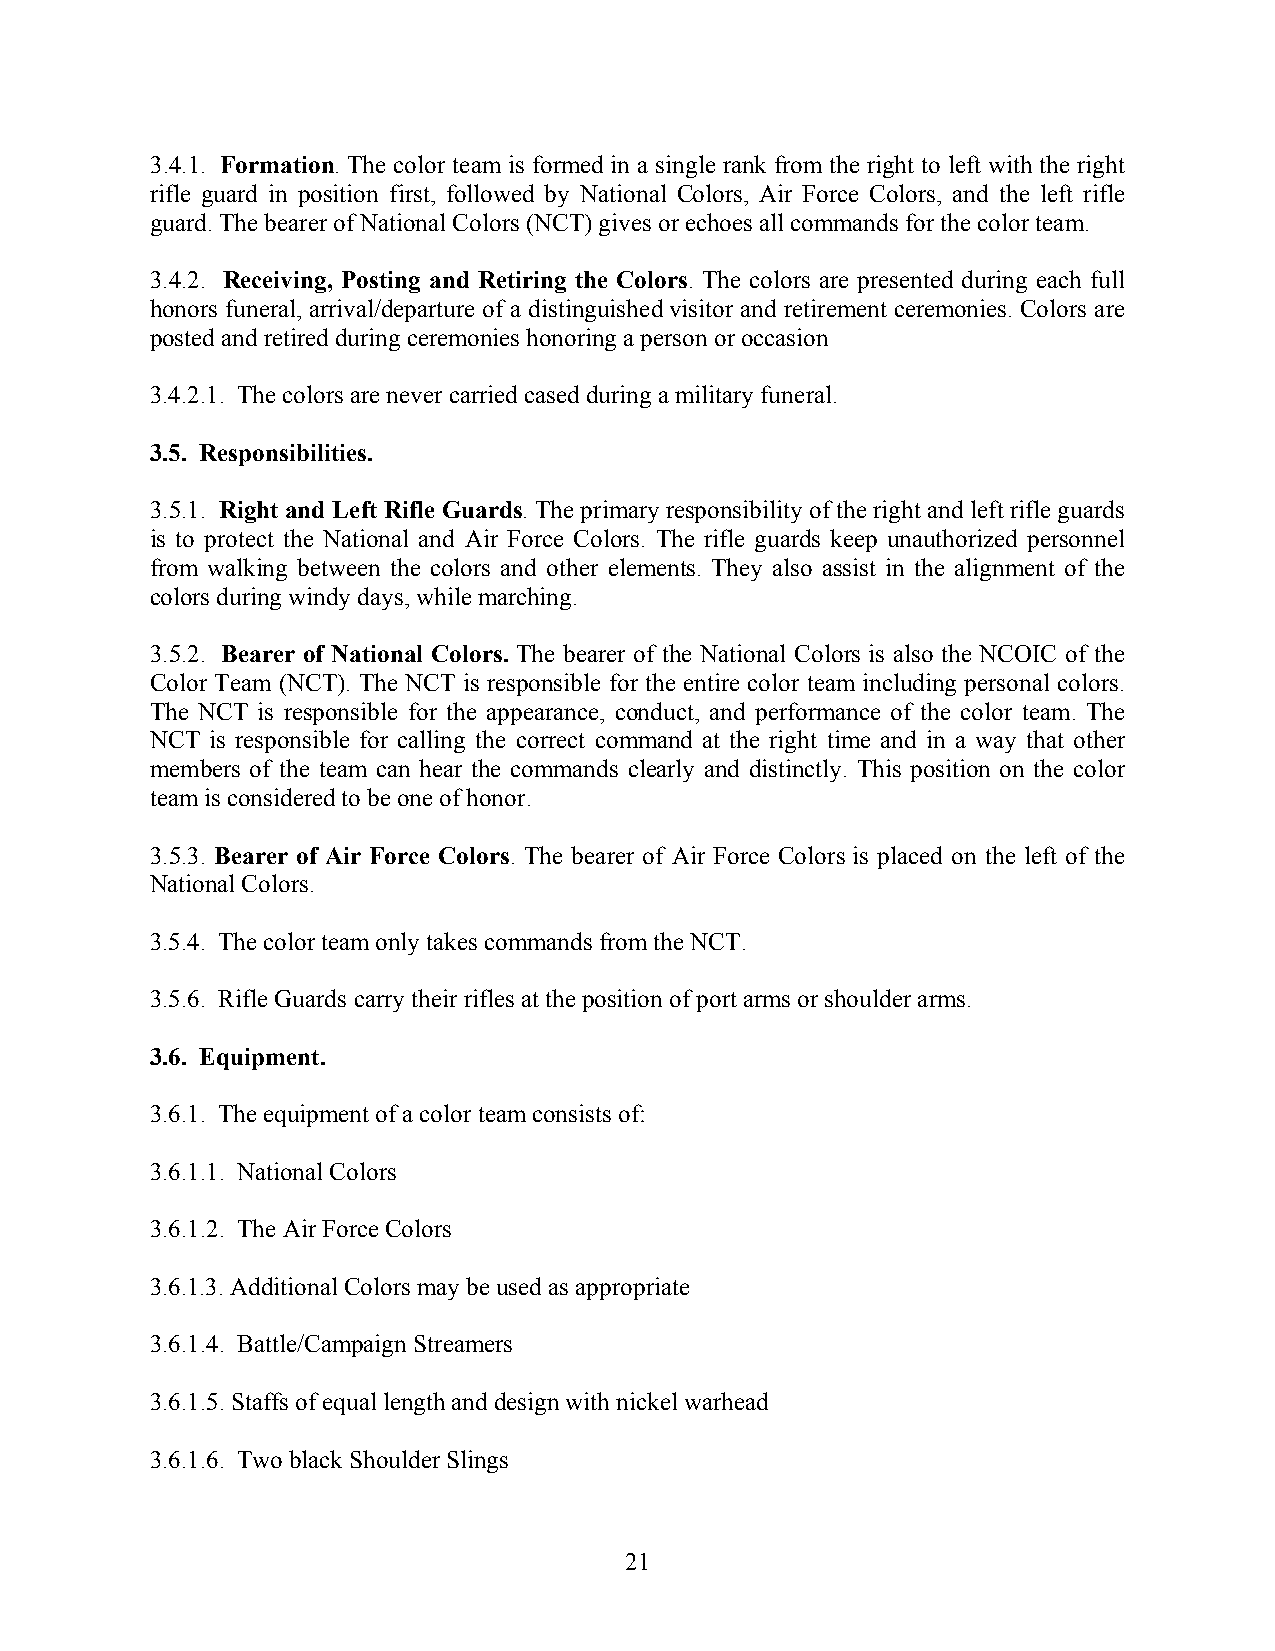
3.4.1. Formation. The color team is formed in a single rank from the right to left with the right
 rifle guard in position first, followed by National Colors, Air Force Colors, and the left rifle
 guard. The bearer of National Colors (NCT) gives or echoes all commands for the color team.
 3.4.2. Receiving, Posting and Retiring the Colors. The colors are presented during each full
 honors funeral, arrival/departure of a distinguished visitor and retirement ceremonies. Colors are
 posted and retired during ceremonies honoring a person or occasion
 3.4.2.1. The colors are never carried cased during a military funeral.
 3.5. Responsibilities.
 3.5.1. Right and Left Rifle Guards. The primary responsibility of the right and left rifle guards
 is to protect the National and Air Force Colors. The rifle guards keep unauthorized personnel
 from walking between the colors and other elements. They also assist in the alignment of the
 colors during windy days, while marching.
 3.5.2. Bearer of National Colors. The bearer of the National Colors is also the NCOIC of the
 Color Team (NCT). The NCT is responsible for the entire color team including personal colors.
 The NCT is responsible for the appearance, conduct, and performance of the color team. The
 NCT is responsible for calling the correct command at the right time and in a way that other
 members of the team can hear the commands clearly and distinctly. This position on the color
 team is considered to be one of honor.
 3.5.3. Bearer of Air Force Colors. The bearer of Air Force Colors is placed on the left of the
 National Colors.
 3.5.4. The color team only takes commands from the NCT.
 3.5.6. Rifle Guards carry their rifles at the position of port arms or shoulder arms.
 3.6. Equipment.
 3.6.1. The equipment of a color team consists of:
 3.6.1.1. National Colors
 3.6.1.2. The Air Force Colors
 3.6.1.3. Additional Colors may be used as appropriate
 3.6.1.4. Battle/Campaign Streamers
 3.6.1.5. Staffs of equal length and design with nickel warhead
 3.6.1.6. Two black Shoulder Slings
 21